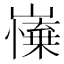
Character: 𡽼